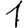
Digit: 1